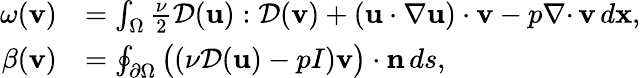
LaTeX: \begin{array}{rl}{\omega({\mathbf v})}&{=\int_{\Omega}\frac{\nu}{2}{\mathcal{D}}({\mathbf u}):{\mathcal{D}}({\mathbf v})+({\mathbf u}\cdot\nabla{\mathbf u})\cdot{\mathbf v}-p{{\nabla\cdot}\, }{\mathbf v}\, d{\mathbf x},}\\ {\beta({\mathbf v})}&{=\oint_{{\partial\Omega}}\big((\nu{\mathcal{D}}({\mathbf u})-pI){\mathbf v}\big)\cdot{\mathbf n}\, ds,}\end{array}